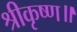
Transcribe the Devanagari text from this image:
श्रीकृष्ण॥